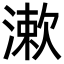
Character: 漱